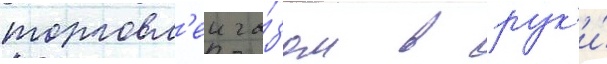
торговл'еи га́зом в рук'и́